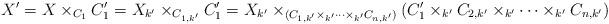
LaTeX: \begin{align*}X'= X\times_{C_1} C_1' = X_{k'} \times_{C_{1,k'}} C_1' = X_{k'} \times_{(C_{1,k'}\times_{k'} \cdots \times_{k'} C_{n,k'})} (C_1' \times_{k'} C_{2,k'} \times_{k'} \cdots \times_{k'} C_{n,k'})\end{align*}